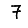
Digit: 7